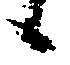
候